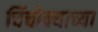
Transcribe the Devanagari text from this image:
चिंचोक्याच्या